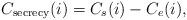
LaTeX: \begin{align*}{C_{\textrm{secrecy}}}(i) = {C_s}(i) - {C_{{e}}}(i),\end{align*}